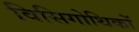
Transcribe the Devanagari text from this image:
विसिगोथिकों